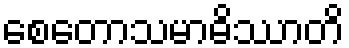
စေတောသမာဓိဿာတိ